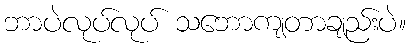
ဘာပဲလုပ်လုပ် သဘောကျတာချည်းပဲ။